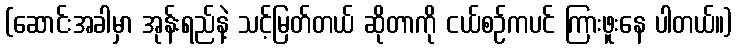
(ဆောင်းအခါမှာ အုန်းရည်နဲ့ သင့်မြတ်တယ် ဆိုတာကို ငယ်စဉ်ကပင် ကြားဖူးနေ ပါတယ်။)